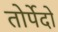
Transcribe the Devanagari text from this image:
तोर्पेदो